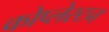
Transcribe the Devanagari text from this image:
कोप्लेस्टन